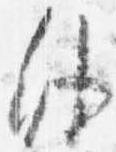
外